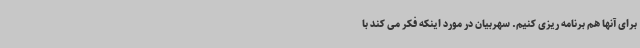
برای آنها هم برنامه ریزی کنیم. سهربیان در مورد اینکه فکر می کند با